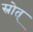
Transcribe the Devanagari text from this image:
स्रोत्